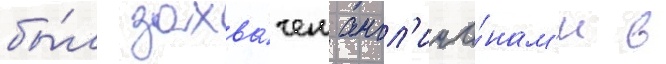
бы́л захва́чен англ'ича́нам'и в